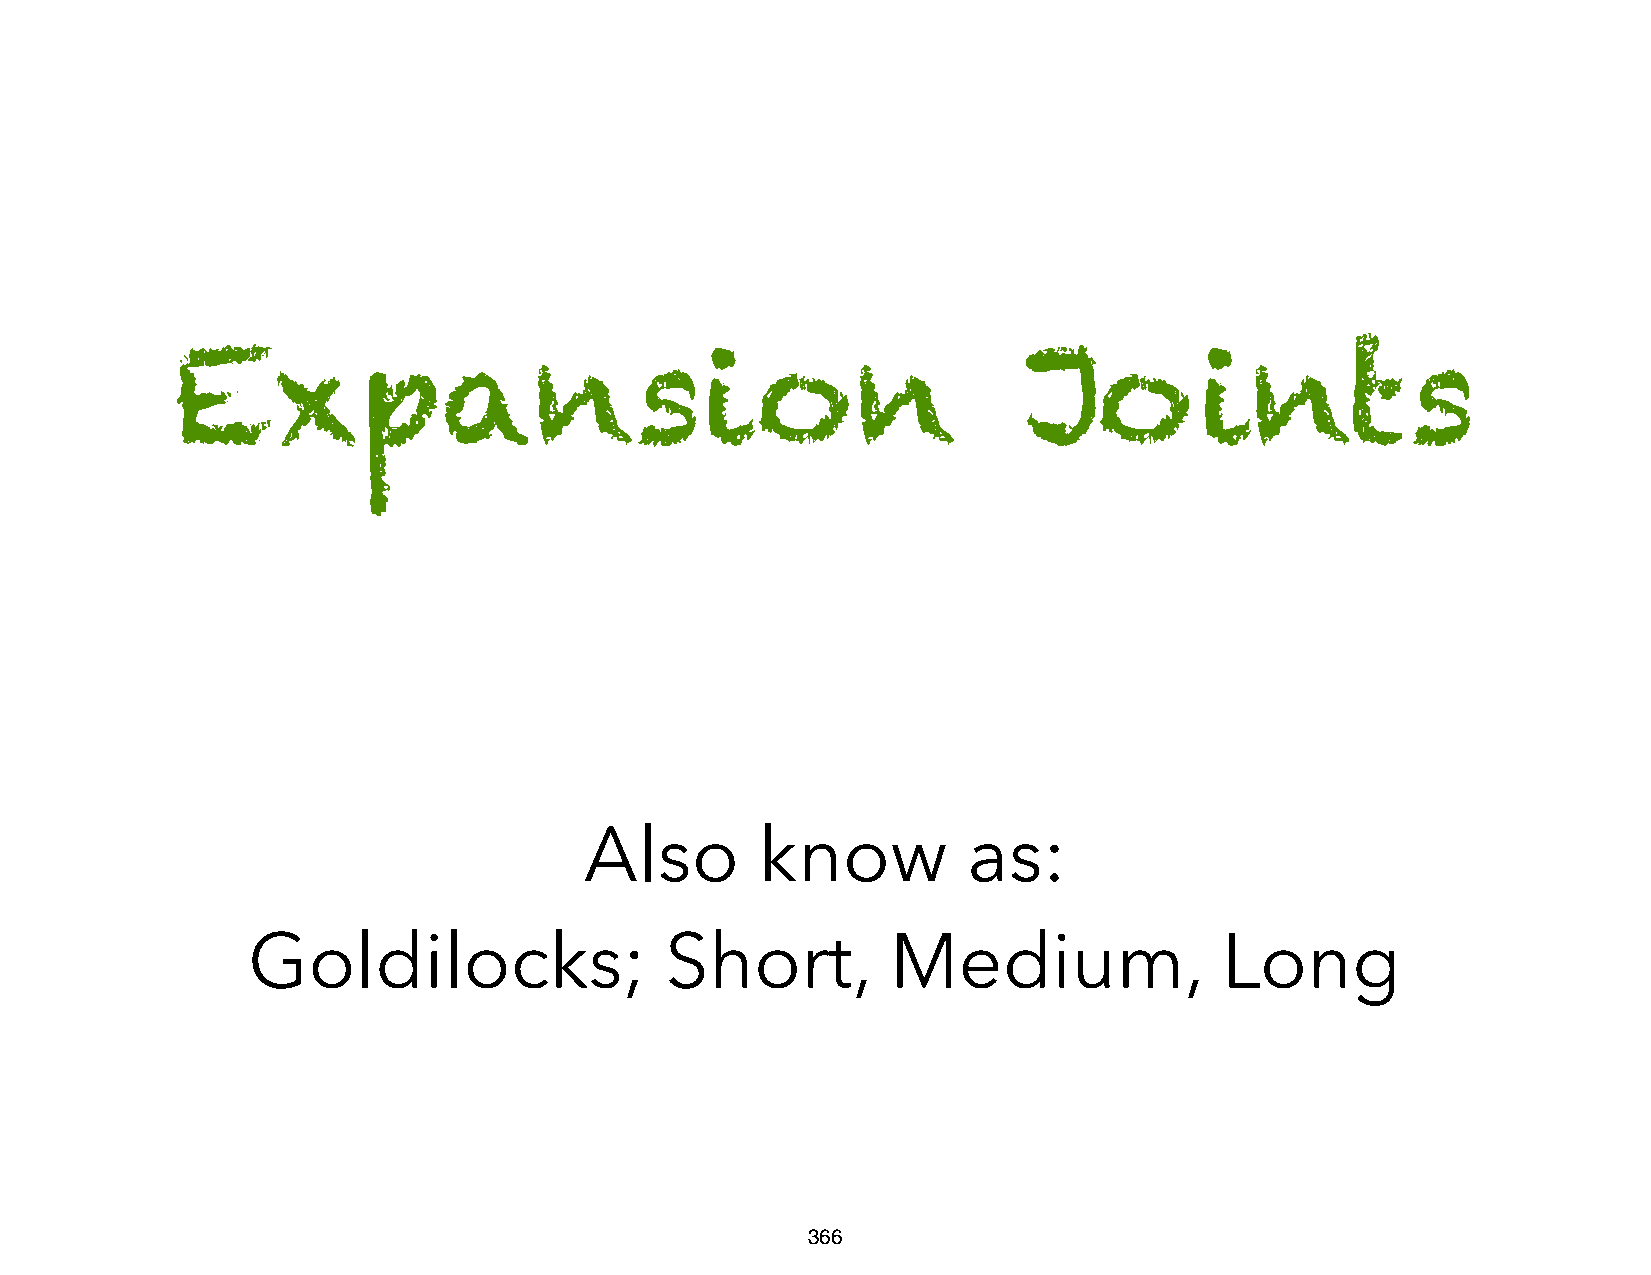
Expansion                                                Joints
 Also       know          as:
 Goldilocks;                 Short,         Medium,               Long
 366